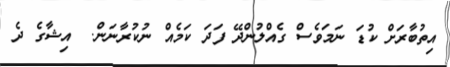
އިތުބާރަށް ކުޑަ ނަމަވެސް ގެއްލުންދޭ ފަދަ ކަމެއް ނުކުރާނަން.  އިޝާގެ ދެ